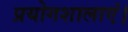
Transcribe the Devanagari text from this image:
प्रयोगशालाएं।